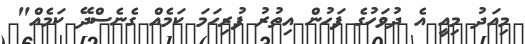
މިއަދު މިއީ އެ ދުވަހުގެ ފަހުން އިތުރު ފުރިހަމަ ކަމެއް ގެނެސްދޭ ކަމެއް"